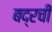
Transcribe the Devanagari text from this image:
बद्रची